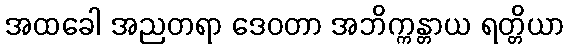
အထခေါ အညတရာ ဒေဝတာ အဘိက္ကန္တာယ ရတ္တိယာ